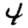
Digit: 4